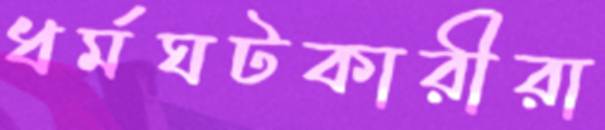
ধর্মঘটকারীরা